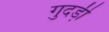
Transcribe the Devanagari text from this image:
गुदडी़